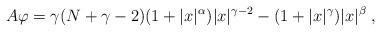
LaTeX: \begin{align*} A\varphi=\gamma (N+\gamma-2)(1+|x|^\alpha)|x|^{\gamma-2}-(1+|x|^\gamma)|x|^\beta\;,\end{align*}